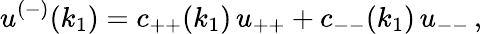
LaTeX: u^{(-)}(k_{1})=c_{++}(k_{1})\, u_{++}+c_{--}(k_{1})\, u_{--}\, ,\,